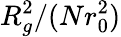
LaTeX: R_{g}^{2}/(Nr_{0}^{2})